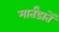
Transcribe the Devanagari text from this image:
मार्तंडातें